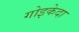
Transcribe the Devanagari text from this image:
गोइकेदा